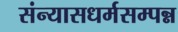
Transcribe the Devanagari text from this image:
संन्यासधर्मसम्पन्न